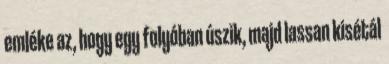
emléke az, hogy egy folyóban úszik, majd lassan kisétál